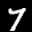
Label: 7